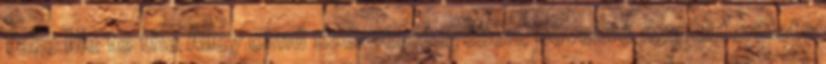
Take Me to the Alley című szerzeményében, növekvő munkaterülete